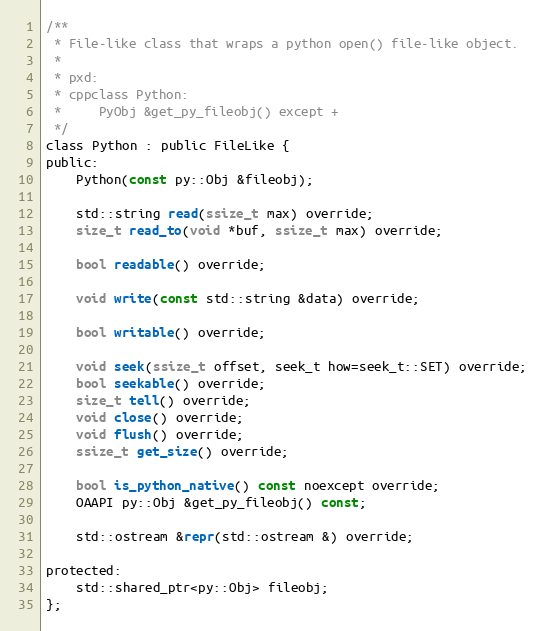
Language: C
/**
 * File-like class that wraps a python open() file-like object.
 *
 * pxd:
 * cppclass Python:
 *     PyObj &get_py_fileobj() except +
 */
class Python : public FileLike {
public:
	Python(const py::Obj &fileobj);

	std::string read(ssize_t max) override;
	size_t read_to(void *buf, ssize_t max) override;

	bool readable() override;

	void write(const std::string &data) override;

	bool writable() override;

	void seek(ssize_t offset, seek_t how=seek_t::SET) override;
	bool seekable() override;
	size_t tell() override;
	void close() override;
	void flush() override;
	ssize_t get_size() override;

	bool is_python_native() const noexcept override;
	OAAPI py::Obj &get_py_fileobj() const;

	std::ostream &repr(std::ostream &) override;

protected:
	std::shared_ptr<py::Obj> fileobj;
};